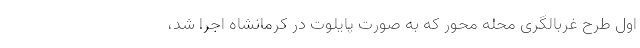
اول طرح غربالگری محله محور که به صورت پایلوت در کرمانشاه اجرا شد،